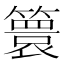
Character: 𮆙